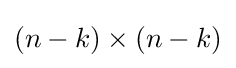
(n-k)\times (n-k)